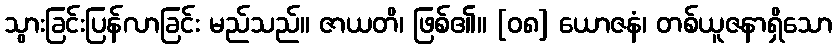
သွားခြင်းပြန်လာခြင်း မည်သည်။ ဇာယတိ၊ ဖြစ်၏။ [၀၈] ယောဇနံ၊ တစ်ယူဇနာရှိသော